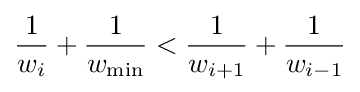
{\frac {1}{w_{i}}}+{\frac {1}{w_{\min }}}<{\frac {1}{w_{i+1}}}+{\frac {1}{w_{i-1}}}